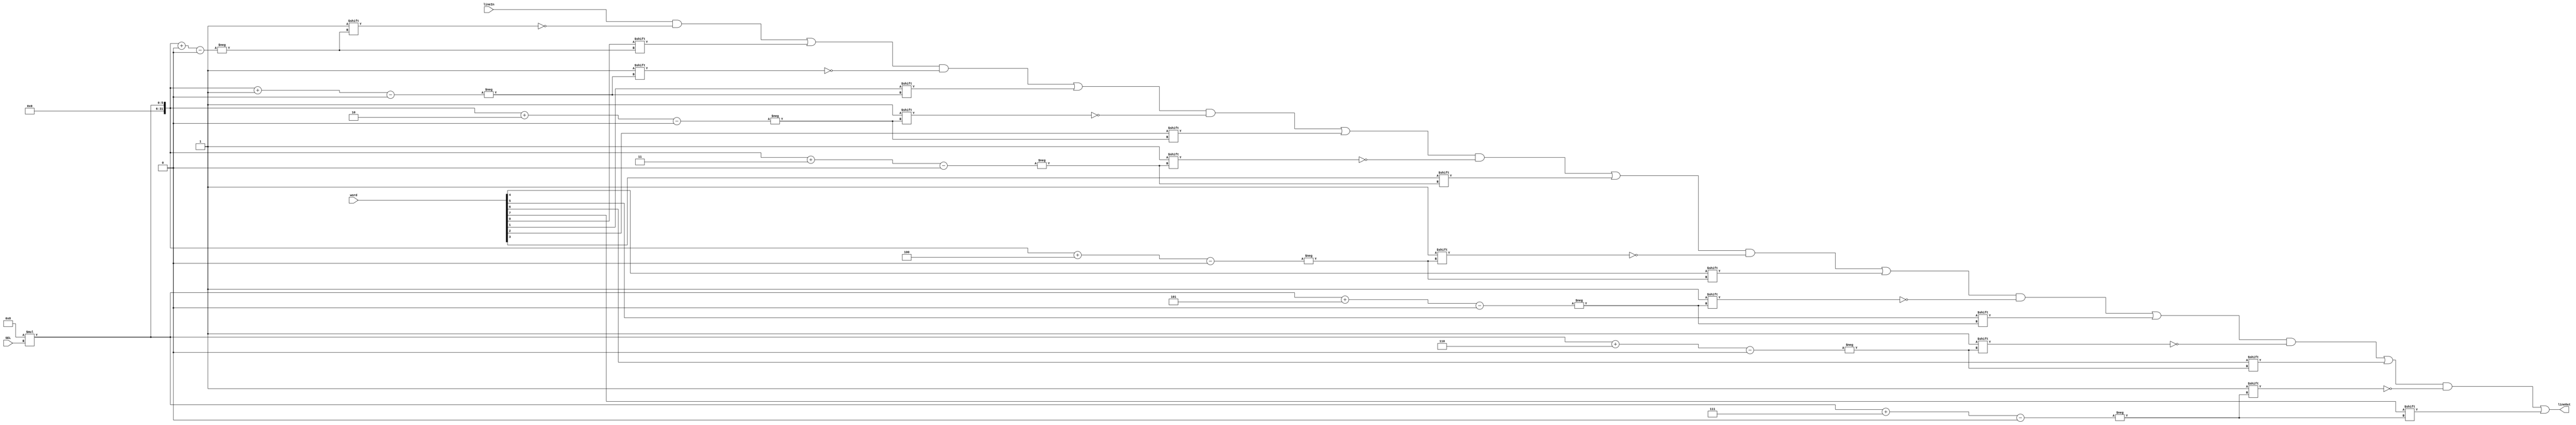
module demux_param (word, lineIn, SEL, lineOut);

parameter N = 8; //number of bits wide
parameter M = 4; //number of inputs
parameter S = 2; //number of select lines

parameter W = M * N;
`define DTOTAL W-1:0
`define DWIDTH N-1:0
`define SELW   S-1:0

input [`DTOTAL] lineIn;
input [`DWIDTH] word;
input [`SELW] SEL;
output reg [`DTOTAL] lineOut;

integer i;

always @(*) begin
	//copy the cache line first
	lineOut = lineIn;	
	//then write the data in the correct position in the cache line
	for (i=0; i<N; i=i+1) //for bits in the width
	begin
		lineOut[N*SEL+i] = word[i];
	end
end

endmodule